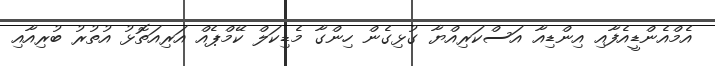
އެމްއެންޑީއެފާއި އިންޑިއާ އަސްކަރިއްޔާ ގުޅިގެން ހިންގާ މެޑިކަލް ކޭމްޕެއް އަރިއަތޮޅު އުތުރު ބުރިއާއި